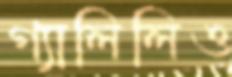
গ্যালিলিও